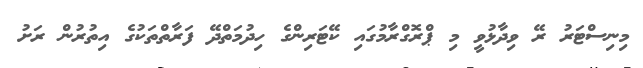
މިނިސްޓަރު ރޭ ވިދާޅުވީ މި ޕްރޮގްރާމުގައި ކޭޓަރިންގެ ހިދުމަތްދޭ ފަރާތްތަކުގެ އިތުރުން ރަށު